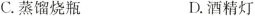
C.蒸馏烧瓶 D.酒精灯